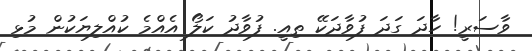
ވާސަރީ! ހާދަ ގަދަ ފުވާދަކޭ ތިއީ. ފުވާދު ކަލޯ އެއްމެ ކުއްލިޔަކުން މުޅި